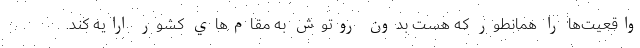
واقعيت‌ها را همانطور كه هست بدون روتوش به مقام‌هاي كشور ارايه كند.